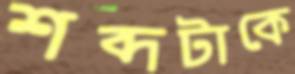
শব্দটাকে